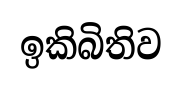
ඉකිබිතිව